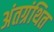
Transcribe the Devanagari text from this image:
अंतग्रंथित